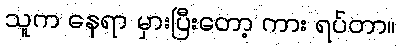
သူက နေရာ မှားပြီးတော့ ကား ရပ်တာ။